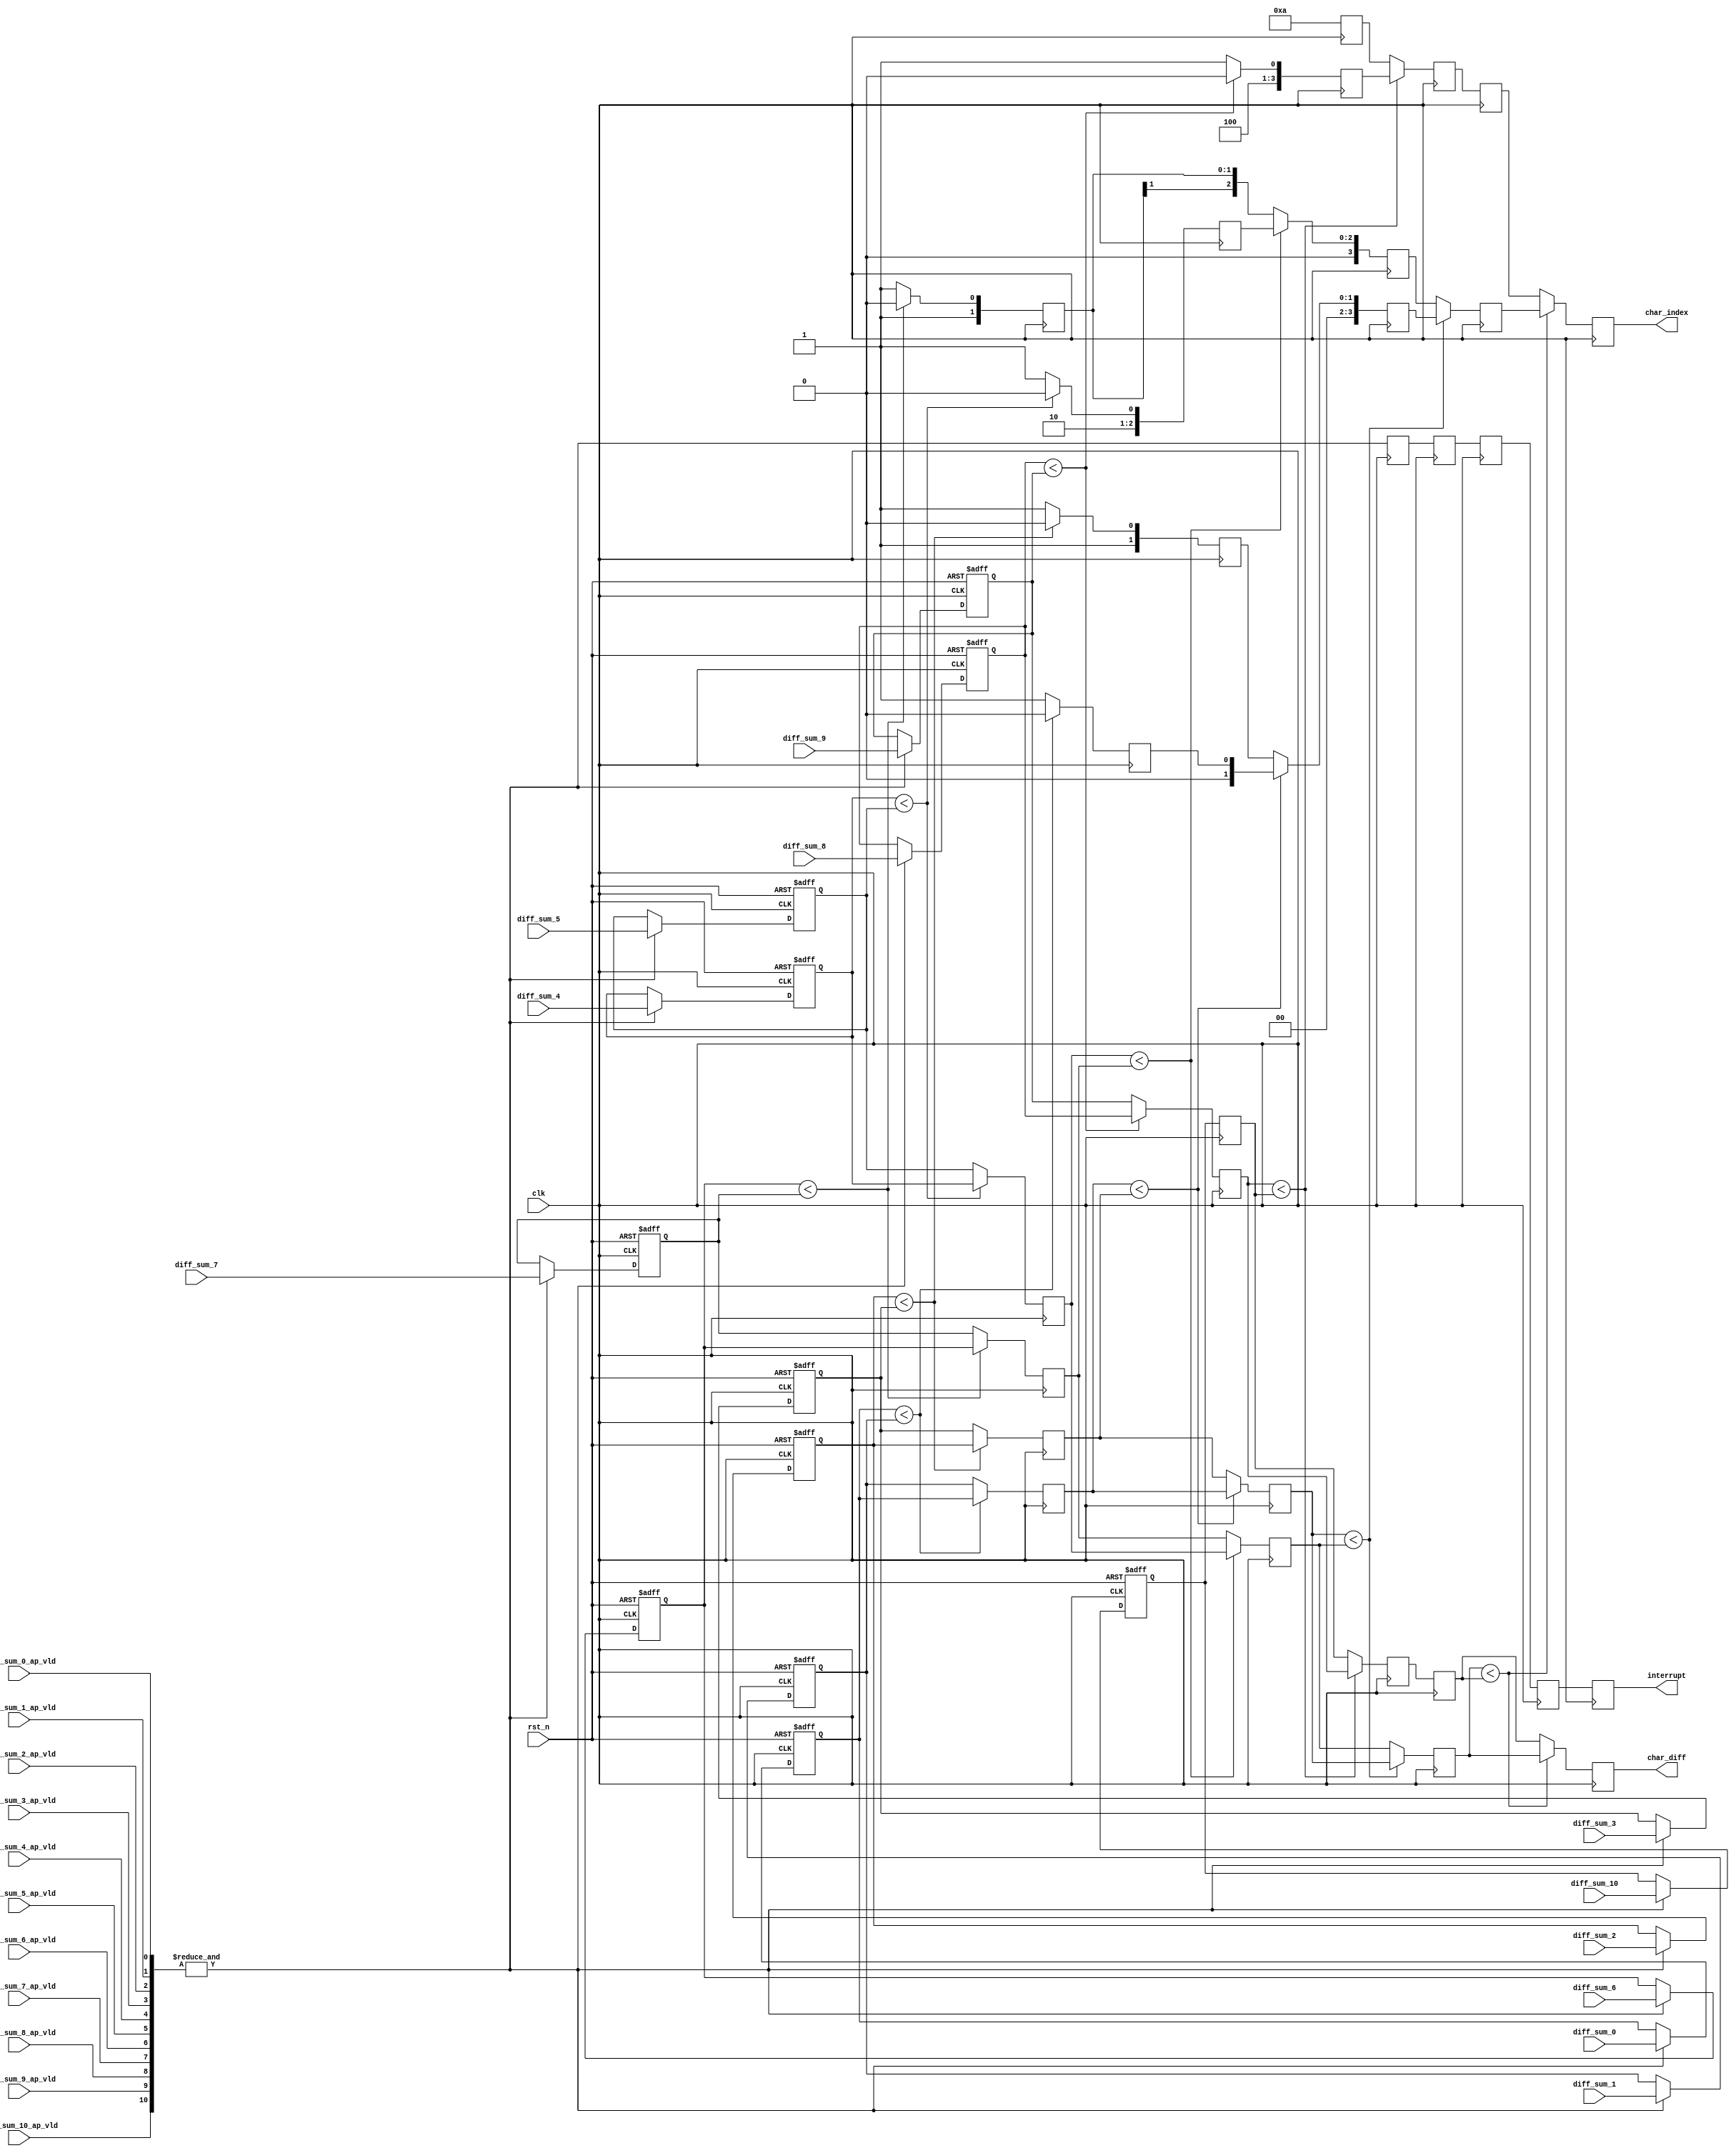
`timescale 1ns / 1ps
//////////////////////////////////////////////////////////////////////////////////
// Company: 
// Engineer: 
// 
// Design Name: 
// Module Name: sort
// Project Name: 
// Target Devices: 
// Tool Versions: 
// Description: 
// 
// Dependencies: 
// 
// Revision:
// Revision 0.01 - File Created
// Additional Comments:
// 
//////////////////////////////////////////////////////////////////////////////////


module sort(
	input clk,
	input rst_n,

	input wire diff_sum_0_ap_vld,
	input wire diff_sum_1_ap_vld,
	input wire diff_sum_2_ap_vld,
	input wire diff_sum_3_ap_vld,
	input wire diff_sum_4_ap_vld,
	input wire diff_sum_5_ap_vld,
	input wire diff_sum_6_ap_vld,
	input wire diff_sum_7_ap_vld,
	input wire diff_sum_8_ap_vld,
	input wire diff_sum_9_ap_vld,
	input wire diff_sum_10_ap_vld,
	
	input wire [15:0]diff_sum_0,
	input wire [15:0]diff_sum_1,
	input wire [15:0]diff_sum_2,
	input wire [15:0]diff_sum_3,
	input wire [15:0]diff_sum_4,
	input wire [15:0]diff_sum_5,
	input wire [15:0]diff_sum_6,
	input wire [15:0]diff_sum_7,
	input wire [15:0]diff_sum_8,
	input wire [15:0]diff_sum_9,
	input wire [15:0]diff_sum_10,

	output [3:0]char_index,
	output [15:0] char_diff,
	output interrupt
    );

	reg [15:0]diff_sum_0_r;
	reg diff_sum_0_ap_vld_r;
	reg [15:0]diff_sum_1_r;
	reg diff_sum_1_ap_vld_r;
	reg [15:0]diff_sum_2_r;
	reg diff_sum_2_ap_vld_r;
	reg [15:0]diff_sum_3_r;
	reg diff_sum_3_ap_vld_r;
	reg [15:0]diff_sum_4_r;
	reg diff_sum_4_ap_vld_r;
	reg [15:0]diff_sum_5_r;
	reg diff_sum_5_ap_vld_r;
	reg [15:0]diff_sum_6_r;
	reg diff_sum_6_ap_vld_r;
	reg [15:0]diff_sum_7_r;
	reg diff_sum_7_ap_vld_r;
	reg [15:0]diff_sum_8_r;
	reg diff_sum_8_ap_vld_r;
	reg [15:0]diff_sum_9_r;
	reg diff_sum_9_ap_vld_r;
	reg [15:0]diff_sum_10_r;
	reg diff_sum_10_ap_vld_r;

	wire din_vld;
	wire [10:0]din_vld_pack;
	reg din_vld_1_r = 1'b0;
	reg din_vld_2_r = 1'b0;
	reg din_vld_3_r = 1'b0;
	reg din_vld_4_r = 1'b0;
	reg din_vld_5_r = 1'b0;
	reg din_vld_6_r = 1'b0;

	reg [15:0] min1_1 = 'b0;
	reg [15:0] min1_2 = 'b0;
	reg [15:0] min1_3 = 'b0;
	reg [15:0] min1_4 = 'b0;
	reg [15:0] min1_5 = 'b0;
	reg [15:0] min1_6 = 'b0;

	reg [15:0] min2_1 = 'b0;
	reg [15:0] min2_2 = 'b0;
	reg [15:0] min2_3 = 'b0;

	reg [15:0] min3_1 = 'b0;
	reg [15:0] min3_2 = 'b0;

	reg [15:0] min4_1 = 'b0;

	reg [3:0] min1_1_index = 'b0;
	reg [3:0] min1_2_index = 'b0;
	reg [3:0] min1_3_index = 'b0;
	reg [3:0] min1_4_index = 'b0;
	reg [3:0] min1_5_index = 'b0;
	reg [3:0] min1_6_index = 'b0;

	reg [3:0] min2_1_index = 'b0;
	reg [3:0] min2_2_index = 'b0;
	reg [3:0] min2_3_index = 'b0;

	reg [3:0] min3_1_index = 'b0;
	reg [3:0] min3_2_index = 'b0;

	reg [3:0] min4_1_index = 'b0;

	assign din_vld_pack = {diff_sum_0_ap_vld,
		diff_sum_1_ap_vld,
		diff_sum_2_ap_vld,
		diff_sum_3_ap_vld,
		diff_sum_4_ap_vld,
		diff_sum_5_ap_vld,
		diff_sum_6_ap_vld,
		diff_sum_7_ap_vld,
		diff_sum_8_ap_vld,
		diff_sum_9_ap_vld,
		diff_sum_10_ap_vld};
	assign din_vld = &din_vld_pack;

	always @(posedge clk) begin
		din_vld_1_r <= din_vld;
		din_vld_2_r <= din_vld_1_r;
		din_vld_3_r <= din_vld_2_r;
		din_vld_4_r <= din_vld_3_r;
		din_vld_5_r <= din_vld_4_r;
		din_vld_6_r <= din_vld_5_r;
	end

	always @(posedge clk or negedge rst_n) begin : proc_
		if(~rst_n) begin
			diff_sum_0_r <= 'b0;
			diff_sum_1_r <= 'b0;
			diff_sum_2_r <= 'b0;
			diff_sum_3_r <= 'b0;
			diff_sum_4_r <= 'b0;
			diff_sum_5_r <= 'b0;
			diff_sum_6_r <= 'b0;
			diff_sum_7_r <= 'b0;
			diff_sum_8_r <= 'b0;
			diff_sum_9_r <= 'b0;
			diff_sum_10_r <= 'b0;
		end else if(din_vld) begin
			diff_sum_0_r <= diff_sum_0;
			diff_sum_1_r <= diff_sum_1;
			diff_sum_2_r <= diff_sum_2;
			diff_sum_3_r <= diff_sum_3;
			diff_sum_4_r <= diff_sum_4;
			diff_sum_5_r <= diff_sum_5;
			diff_sum_6_r <= diff_sum_6;
			diff_sum_7_r <= diff_sum_7;
			diff_sum_8_r <= diff_sum_8;
			diff_sum_9_r <= diff_sum_9;
			diff_sum_10_r <= diff_sum_10;
		end
	end

	// 1
	always @(posedge clk) begin
		if(diff_sum_0_r < diff_sum_1_r) begin
			min1_1 <= diff_sum_0_r;
			min1_1_index <= 4'h0;
		end else begin 
			min1_1 <= diff_sum_1_r;
			min1_1_index <= 4'h1;
		end
	end

	always @(posedge clk) begin
		if(diff_sum_2_r < diff_sum_3_r) begin
			min1_2 <= diff_sum_2_r;
			min1_2_index <= 4'h2;
		end else begin 
			min1_2 <= diff_sum_3_r;
			min1_2_index <= 4'h3;
		end
	end

	always @(posedge clk) begin
		if(diff_sum_4_r < diff_sum_5_r) begin
			min1_3 <= diff_sum_4_r;
			min1_3_index <= 4'h4;
		end else begin 
			min1_3 <= diff_sum_5_r;
			min1_3_index <= 4'h5;
		end
	end

	always @(posedge clk) begin
		if(diff_sum_6_r < diff_sum_7_r) begin
			min1_4 <= diff_sum_6_r;
			min1_4_index <= 4'h6;
		end else begin 
			min1_4 <= diff_sum_7_r;
			min1_4_index <= 4'h7;
		end
	end

	always @(posedge clk) begin
		if(diff_sum_8_r < diff_sum_9_r) begin
			min1_5 <= diff_sum_8_r;
			min1_5_index <= 4'h8;
		end else begin 
			min1_5 <= diff_sum_9_r;
			min1_5_index <= 4'h9;
		end
	end

	always @(posedge clk) begin
		min1_6 <= diff_sum_10_r;
		min1_6_index <= 4'hA;
	end

	// 2
	always @(posedge clk) begin
		if(min1_1 < min1_2) begin
			min2_1 <= min1_1;
			min2_1_index <= min1_1_index;
		end else begin 
			min2_1 <= min1_2;
			min2_1_index <= min1_2_index;
		end
	end

	always @(posedge clk) begin
		if(min1_3 < min1_4) begin
			min2_2 <= min1_3;
			min2_2_index <= min1_3_index;
		end else begin 
			min2_2 <= min1_4;
			min2_2_index <= min1_4_index;
		end
	end

	always @(posedge clk) begin
		if(min1_5 < min1_6) begin
			min2_3 <= min1_5;
			min2_3_index <= min1_5_index;
		end else begin 
			min2_3 <= min1_6;
			min2_3_index <= min1_6_index;
		end
	end

	// 3	
	always @(posedge clk) begin
		if(min2_1 < min2_2) begin
			min3_1       <= min2_1;
			min3_1_index <= min2_1_index;
		end else begin
			min3_1       <= min2_2;
			min3_1_index <= min2_2_index;
		end
	end

	always @(posedge clk) begin
		min3_2       <= min2_3;
		min3_2_index <= min2_3_index;
	end

	// 4
	always @(posedge clk) begin
		if(min3_1 < min3_2) begin
			min4_1 <= min3_1;
			min4_1_index <= min3_1_index;
		end else begin 
			min4_1 <= min3_2;
			min4_1_index <= min3_2_index;
		end
	end

	assign char_diff = min4_1;
	assign char_index = min4_1_index;
	assign interrupt = din_vld_5_r;

endmodule